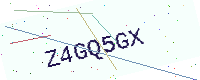
Text: Z4GQ5GX